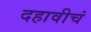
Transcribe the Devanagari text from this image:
दहावीचं